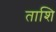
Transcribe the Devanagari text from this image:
ताशि